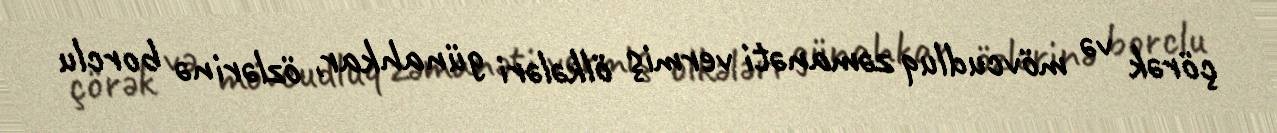
çörək və mövcudluq zəmanəti vermiş ölkələri günahkar, özlərinə borclu